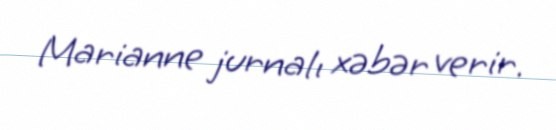
Marianne jurnalı xəbər verir.